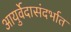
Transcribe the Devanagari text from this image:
आयुर्वेदासंदर्भात